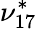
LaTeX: \nu_{17}^{*}